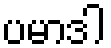
ပမာဒါ